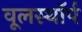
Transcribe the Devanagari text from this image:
वूलस्थॉर्प